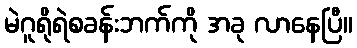
မဲဂူရိုရဲစခန်းဘက်ကို အခု လာနေပြီ။